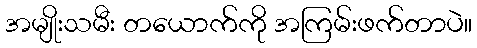
အမျိုးသမီး တယောက်ကို အကြမ်းဖက်တာပဲ။